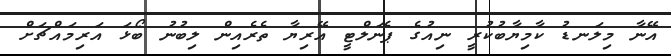
އޭނާ މިލަނޑު ކާމިޔާބުކުރީ ނިއުގެ ޕެނަލްޓީ އޭރިޔާ ތެރެއިން ލިބުނު ބޯޅަ އަރިމައްޗަށް